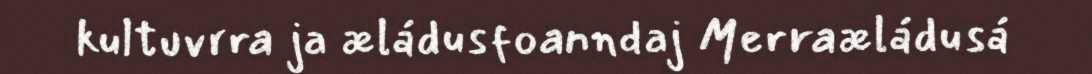
kultuvrra ja æládusfoanndaj Merraæládusá